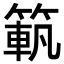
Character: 𥱍